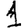
Digit: 1